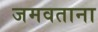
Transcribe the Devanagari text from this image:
जमवताना